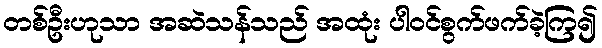
တစ်ဦးဟုသာ အဆဲသန်သည် အထုံး ပါဝင်စွက်ဖက်ခဲ့ကြ၍